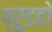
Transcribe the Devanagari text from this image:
प्रुडहो